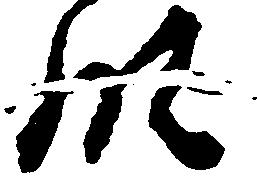
領